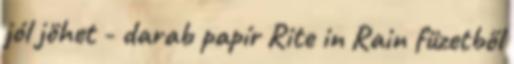
jól jöhet - darab papír Rite in Rain füzetből